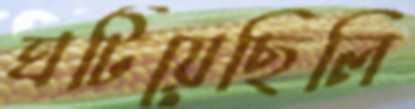
ঘটিয়েছিলি